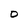
Character: O